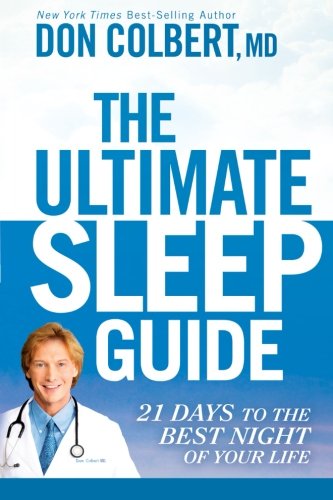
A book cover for The Ultimate Sleep Guide: 21 Days to the Best Night of Your Life; Don Colbert  MD MD; Health, Fitness & Dieting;